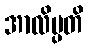
အာလိမ္ပတိ